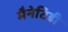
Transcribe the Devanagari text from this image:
मैनेटिडी